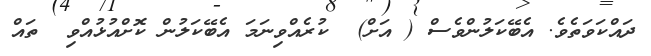
ދައްކަވަތެވެ. އެބޭކަލުންވެސް ( އަށް)  ކުރެއްވިނަމަ އެބޭކަލުން ކޮށްއުޅުއްވި  ތައް